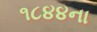
૧૮૪૪ના